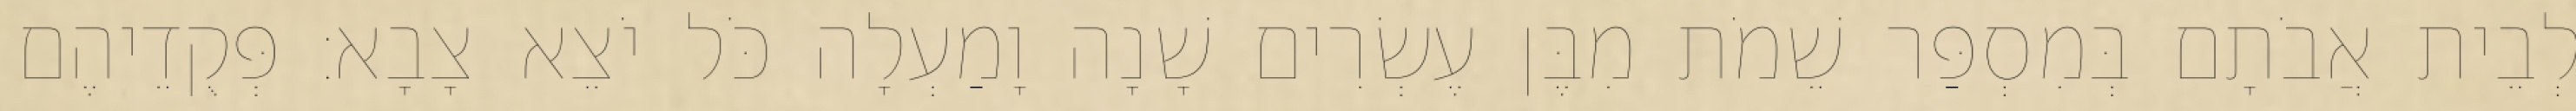
לְבֵית אֲבֹתָם בְּמִסְפַּר שֵׁמֹת מִבֶּן עֶשְׂרִים שָׁנָה וָמַעְלָה כֹּל יֹצֵא צָבָא׃ פְּקֻדֵיהֶם